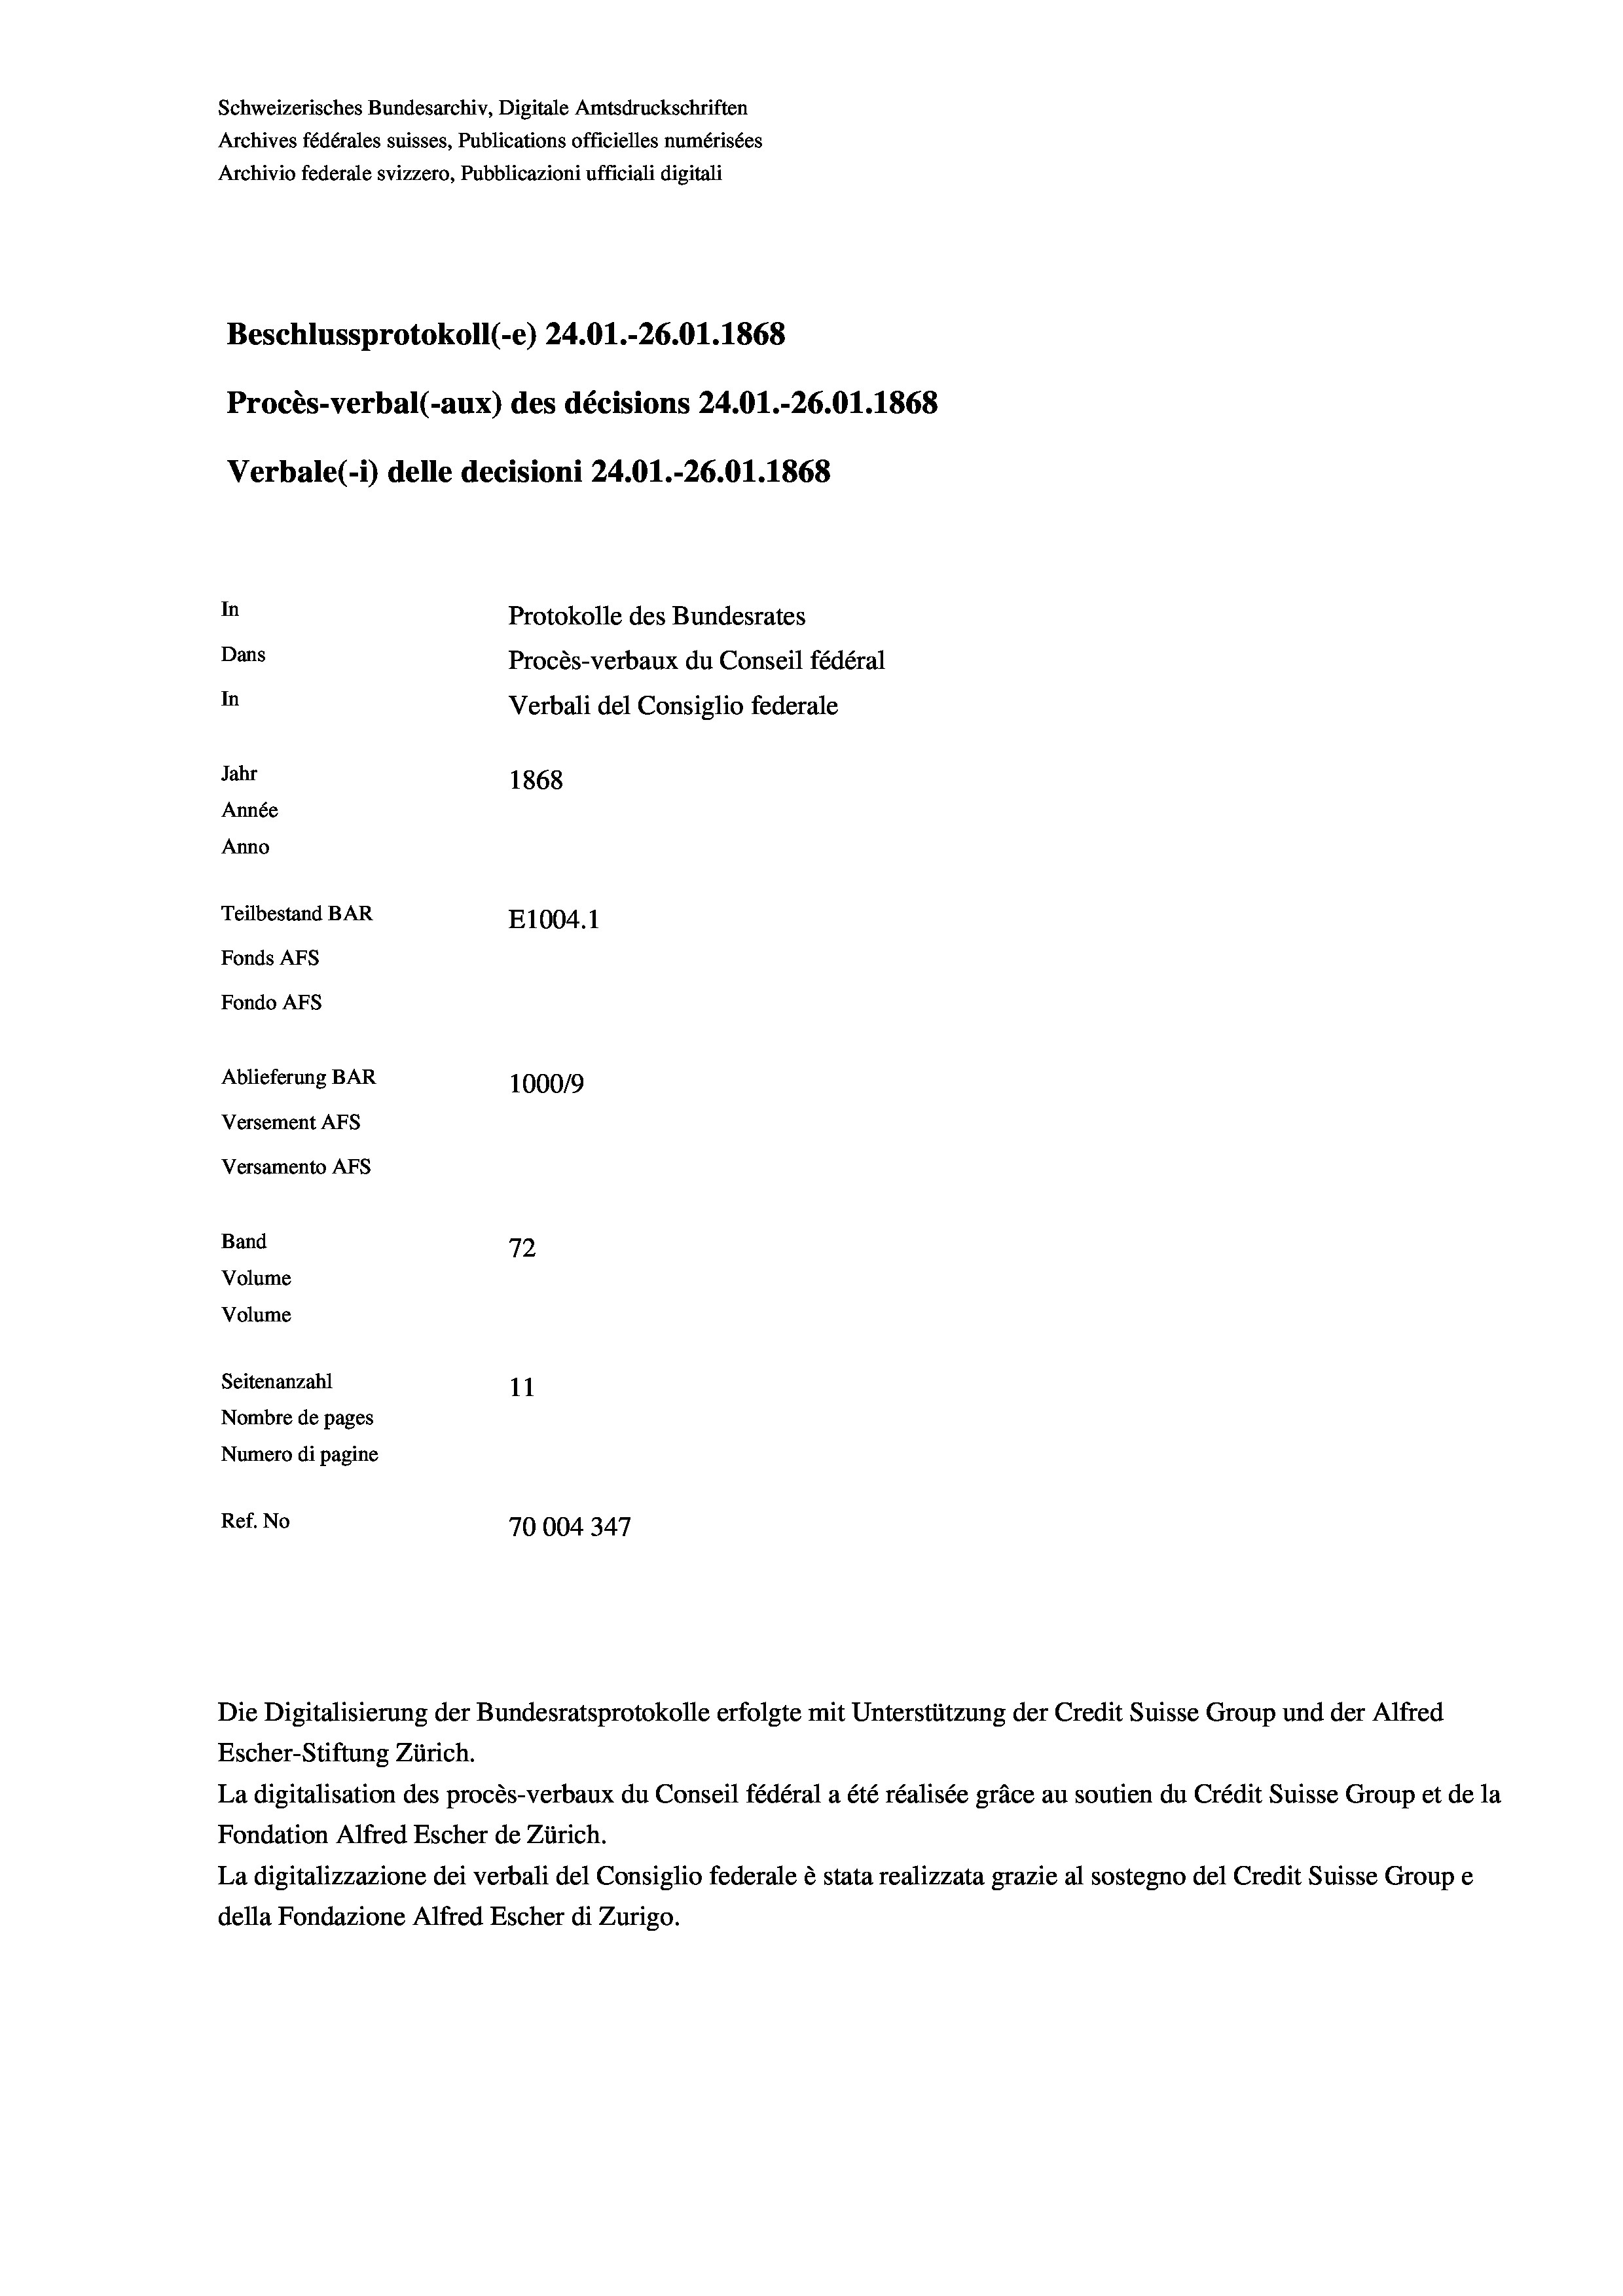
Schweizerisches Bundesarchiv, Digitale Amtsdruckschriften
Archives fédérales suisses, Publications officielles numérisées
Archivio federale svizzero, Pubblicazioni ufficiali digitali
Beschlussprotokoll (-e) 24.01.-26.01. 1868
Procès-verbal (-aux) des décisions 24.01.-26.01. 1868
Verbale (1) delle decisioni 24.01.-26.01. 1868
In
Protokolle des Bundesrates
Dans
Procès-verbaux du Conseil fédéral
In
Verbali del Consiglio federale
Jahr
1868
Année
Anno
Teilbestand BAR
E1004. 1
Fonds AFs
Fondo Afs
Ablieferung BAR
100019
Versement AFs
Versamento AFs

72
11
Nombre de pages
Numero di pagine
Ref. No
70004347

Seitenanzahl

Band
Volume
Volume

La digitalisation des procès-verbaux du Conseil fédéral a été réalisée gräce au soutien du Crédit Suisse Group et de la
Fondation Alfred Escher de Zürich.
La digitalizzazione dei verbali del Consiglio federale è stata realizzata grazie al sostegno del Credit Suisse Groupe
della Fondazione Alfred Escher di Zurigo.

Escher-Stiftung Zürich.

Die Digitalisierung der Bundesratsprotokolle erfolgte mit Unterstützung der Credit Suisse Group und der Alfred